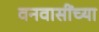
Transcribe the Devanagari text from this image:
वनवासींच्या